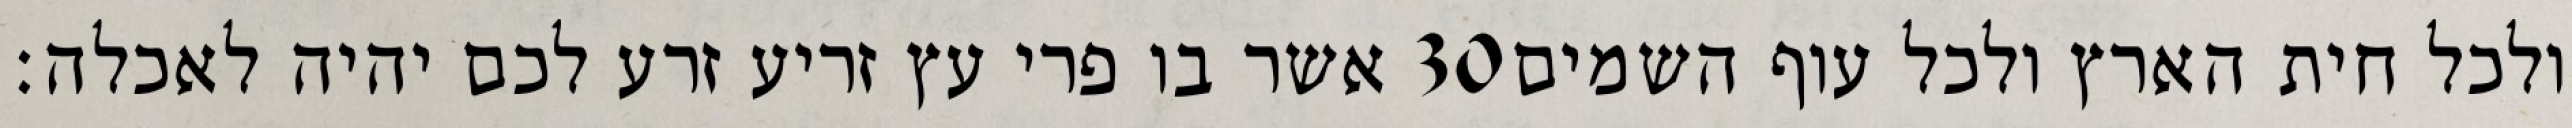
אשר בו פרי עץ זריע זרע לכם יהיה לאכלה׃ ‎30‏ ולכל חית הארץ ולכל עוף השמים